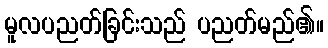
မူလပညတ်ခြင်းသည် ပညတ်မည်၏။